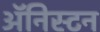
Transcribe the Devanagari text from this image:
अॅनिस्टन